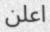
اعلن